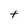
Character: t